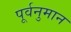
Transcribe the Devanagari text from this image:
पूर्वनुमान